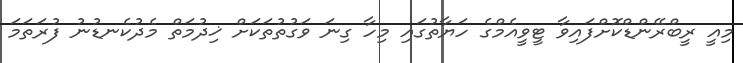
މިއީ ރީބްރޭންޑްކޮށްފައިވާ ޓީވީއެމްގެ ހަޔާތުގައި މިހާ ގިނަ ވަގުތުތަކަށް ޚިދުމަތް މެދުކެނޑުނު ފުރަތަމަ